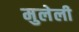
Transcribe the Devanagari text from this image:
मुलेली